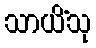
သာယိံသု